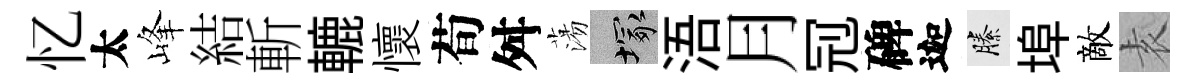
忆太峰結斬轆懷荀舛蕩塚浯月𠜍碑迦縢埠敵𡊮